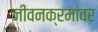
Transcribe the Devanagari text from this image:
जीवनक्रमांवर